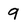
Character: 9